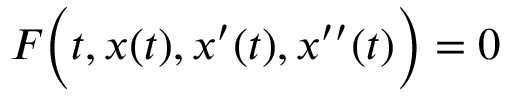
F { \biggl ( } t , x ( t ) , x ^ { \prime } ( t ) , x ^ { \prime \prime } ( t ) { \biggr ) } = 0